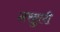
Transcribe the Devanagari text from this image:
नरहुली